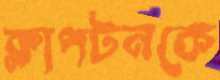
ক্লাপটনকে